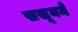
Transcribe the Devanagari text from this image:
ससूनने